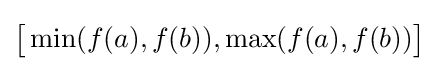
{\bigl [}\min(f(a),f(b)),\max(f(a),f(b)){\bigr ]}